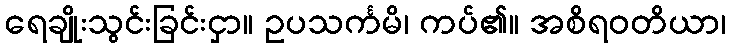
ရေချိုးသွင်းခြင်းငှာ။ ဥပသင်္ကမိ၊ ကပ်၏။ အစိရဝတိယာ၊